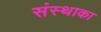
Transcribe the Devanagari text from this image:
संस्‍थाका